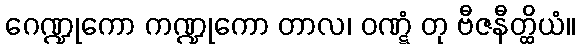
ဂေဏ္ဍုကော ကဏ္ဍုကော တာလ၊ ဝဏ္ဋံ တု ဗီဇနီတ္ထိယံ။